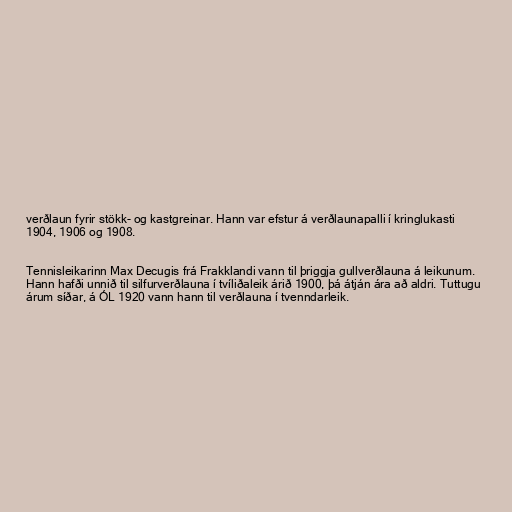
verðlaun fyrir stökk- og kastgreinar. Hann var efstur á verðlaunapalli í kringlukasti
1904, 1906 og 1908.

Tennisleikarinn Max Decugis frá Frakklandi vann til þriggja gullverðlauna á leikunum.
Hann hafði unnið til silfurverðlauna í tvíliðaleik árið 1900, þá átján ára að aldri. Tuttugu
árum síðar, á ÓL 1920 vann hann til verðlauna í tvenndarleik.